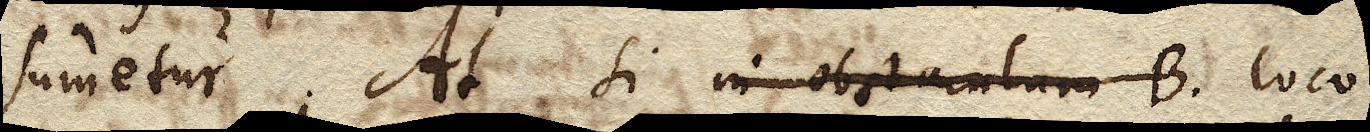
sumetur. At si in obstaculum B. loco